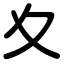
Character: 夊